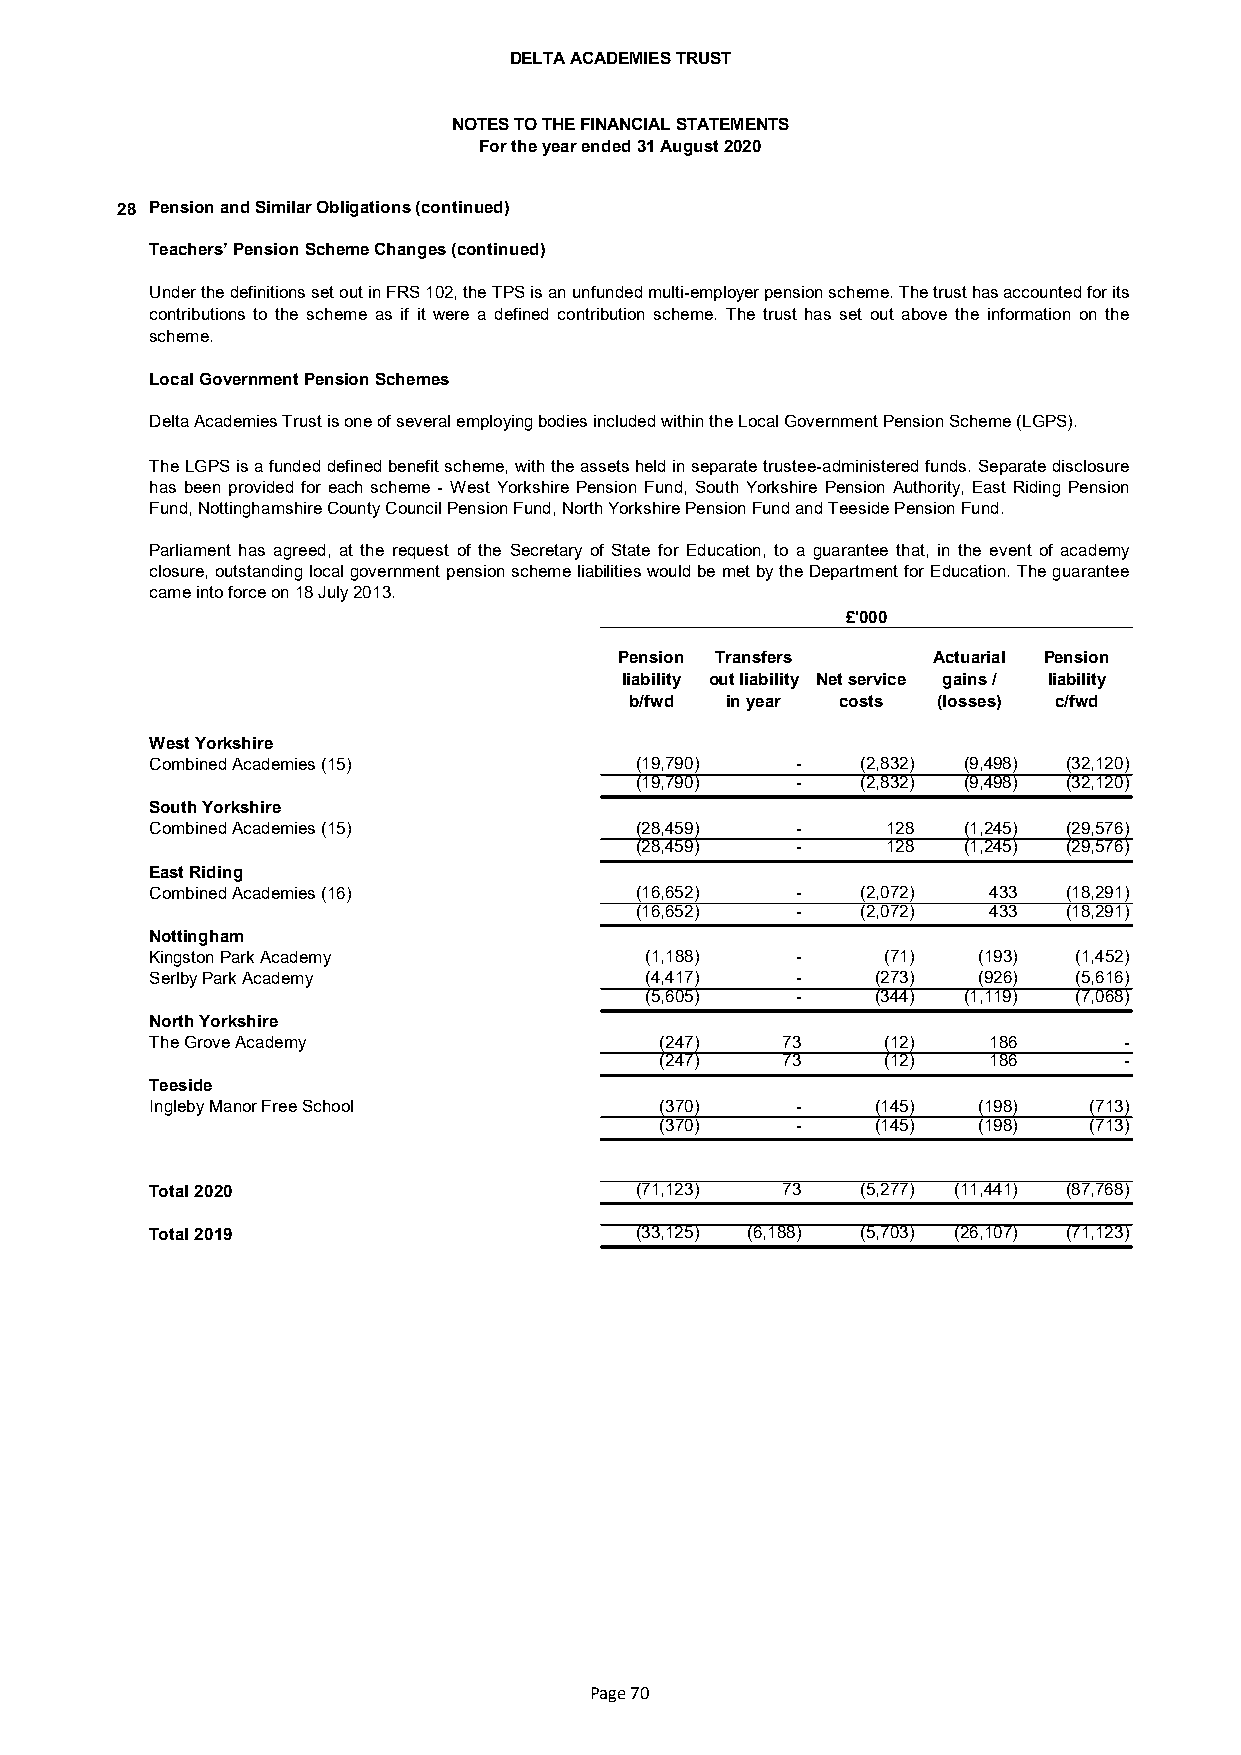
DELTA ACADEMIES TRUST
 NOTES TO THE FINANCIAL STATEMENTS
 For the year ended 31 August 2020
 28 Pension and Similar Obligations (continued)
 Teachers’ Pension Scheme Changes (continued)
 UnderthedefinitionssetoutinFRS102,theTPSisanunfundedmulti-employerpensionscheme.Thetrusthasaccountedforits
 contributions to the scheme as if it were a defined contribution scheme. The trust has set out above the information on the
 scheme.
 Local Government Pension Schemes
 Delta Academies Trust is one of several employing bodies included within the Local Government Pension Scheme (LGPS).
 TheLGPSisafundeddefinedbenefitscheme,withtheassetsheldinseparatetrustee-administeredfunds.Separatedisclosure
 has been provided for each scheme - West Yorkshire Pension Fund, South Yorkshire Pension Authority, East Riding Pension
 Fund, Nottinghamshire County Council Pension Fund, North Yorkshire Pension Fund and Teeside Pension Fund.
 Parliament has agreed, at the request of the Secretary of State for Education, to a guarantee that, in the event of academy
 closure,outstandinglocalgovernmentpensionschemeliabilitieswouldbemetbytheDepartmentforEducation.Theguarantee
 came into force on 18 July 2013.
 £'000
 Pension Transfers    Actuarial Pension
 liability out liability Net service gains / liability
 b/fwd in year costs (losses) c/fwd
 West Yorkshire
 Combined Academies (15)         (19,790)   -   (2,832) (9,498) (32,120)
 (19,790)   -   (2,832) (9,498) (32,120)
 South Yorkshire
 Combined Academies (15)         (28,459)   -     128  (1,245) (29,576)
 (28,459)   -     128  (1,245) (29,576)
 East Riding
 Combined Academies (16)         (16,652)   -   (2,072) 433   (18,291)
 (16,652)   -   (2,072) 433   (18,291)
 Nottingham
 Kingston Park Academy            (1,188)   -    (71)   (193) (1,452)
 Serlby Park Academy              (4,417)   -    (273)  (926) (5,616)
 (5,605)   -    (344) (1,119) (7,068)
 North Yorkshire
 The Grove Academy                 (247)   73    (12)   186      -
 (247)   73    (12)   186      -
 Teeside
 Ingleby Manor Free School         (370)    -    (145)  (198)  (713)
 (370)    -    (145)  (198)  (713)
 Total 2020                      (71,123)  73   (5,277) (11,441) (87,768)
 Total 2019                      (33,125) (6,188) (5,703) (26,107) (71,123)
 Page 70